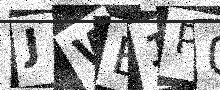
Text: JWE1P0